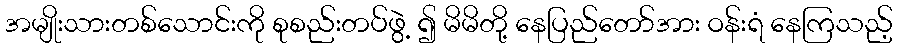
အမျိုးသားတစ်သောင်းကို စုစည်းတပ်ဖွဲ့ ၍ မိမိတို့ နေပြည်တော်အား ဝန်းရံ နေကြသည့်